Vaccination in Bombay 1924-1928 - 1924-1928
Year: 1924
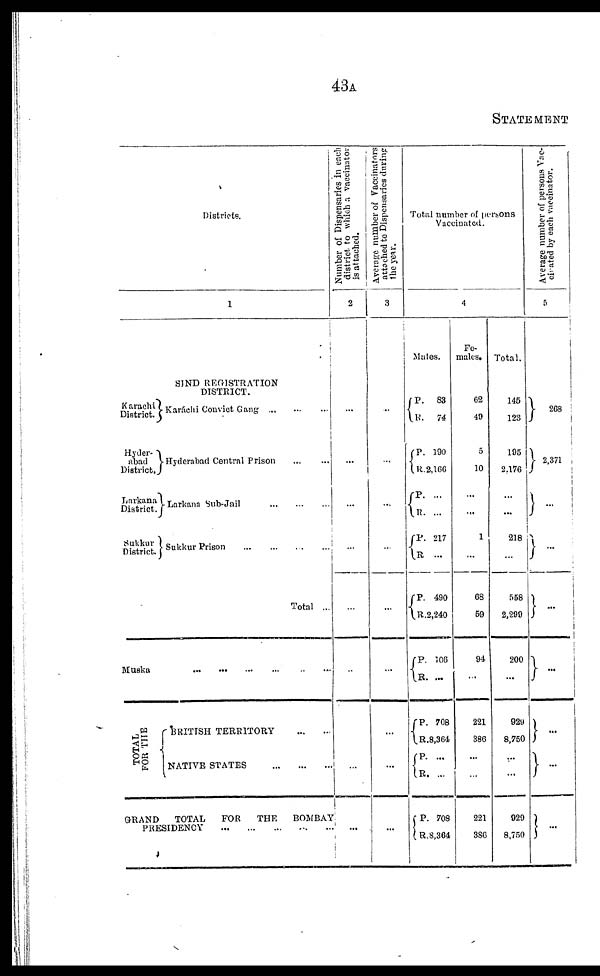
43A
STATEMENT
Districts.
1
SIND REGISTRATION
DISTRICT.
Karachi
District.
Hyder¬
abad
District.
Larkana
District.
Sukkur
District.
Karáchi Convict Gang
...
...
...
Hyderabad Central Prison
...
...
Larkana Sub-Jail
...
...
...
Sukkur Prison
...
...
...
...
Total ...
Muska...
...
...
...
...
...
TOTAL
FOR THE
BRITISH TERRITORY
...
...
NATIVE STATES
...
...
...
GRAND
TOTAL
FOR
THE
BOMBAY
PRESIDENCY
...
...
...
...
...
Number of Dispensaries in each
district to which a vaccinator
is attached.
2
...
...
...
...
...
...
...
...
...
Average number of Vaccinators
attached to Dispensaries during
the year.
3
...
...
...
...
...
...
...
...
...
Total number of persons
Vaccinated.
4
Males.
P.
R.
P.
R.
P.
R.
P.
R.
P. R.
P.
R.
P.
R.
P.
R.
P.
R.
83
74
190
2,166
...
...
217
...
490
2,240
106
...
708
8,364
...
...
708
8,364
Fe-
males.
62
40
5
10
...
...
1
...
68
59
94
...
221
386
...
...
221
386
Total.
145
123
195
2,176
...
...
218
...
558
2,299
200
...
929
8,750
...
...
929
8,750
Average number of persons Vac¬
cinated by each vaccinator.
5
268
2,371
...
...
...
...
...
...
. . .